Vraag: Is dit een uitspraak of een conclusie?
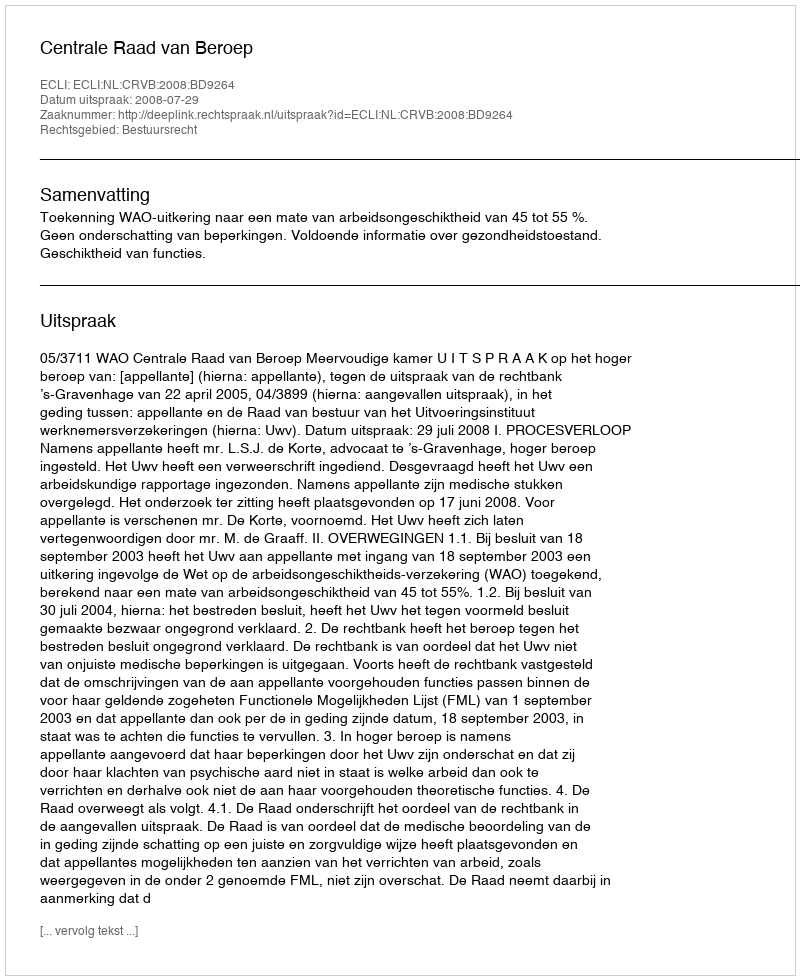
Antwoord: Uitspraak